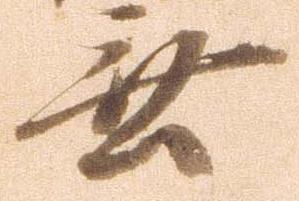
無